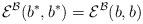
LaTeX: \begin{gather*}{\mathcal E}^{\mathcal B}(b^*,b^*)={\mathcal E}^{\mathcal B}(b,b)\end{gather*}